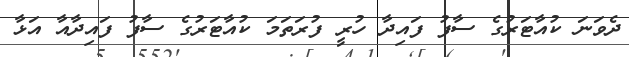
ދެވަނަ ކުއާޓަރުގެ ސާފު ފައިދާ ހުރީ ފުރަތަމަ ކުއާޓަރުގެ ސާފު ފައިދާއާ އަޅާ